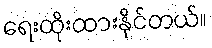
ရေးထိုးထားနိုင်တယ်။